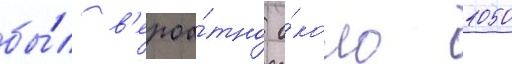
бы́л в'ероа́тно о́коло 1050